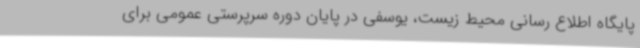
پایگاه اطلاع رسانی محیط‌ زیست، یوسفی در پایان دوره سرپرستی عمومی برای